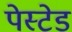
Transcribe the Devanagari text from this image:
पेस्टेड